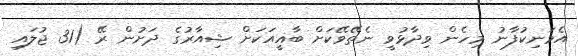
އެމަނިކުފާނު މިހެން ވިދާޅުވީ ނެތޭވޭކަށް ބާޣީއަކަށް ޝިއާރުގެ ދަށުން ރޭ (31 ޖުލައި